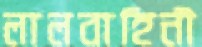
লালবাহিনী